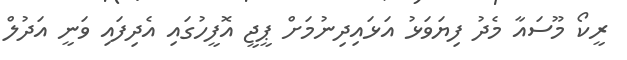
ރީކޯ މޫސައާ މެދު ފިޔަވަޅު އަޅައިދިނުމަށް ޕީޖީ އޮފީހުގައި އެދިފައި ވަނީ އަދުލް